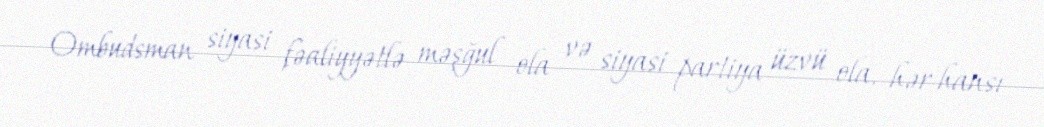
Ombudsman siyasi fəaliyyətlə məşğul ola və siyasi partiya üzvü ola, hər hansı